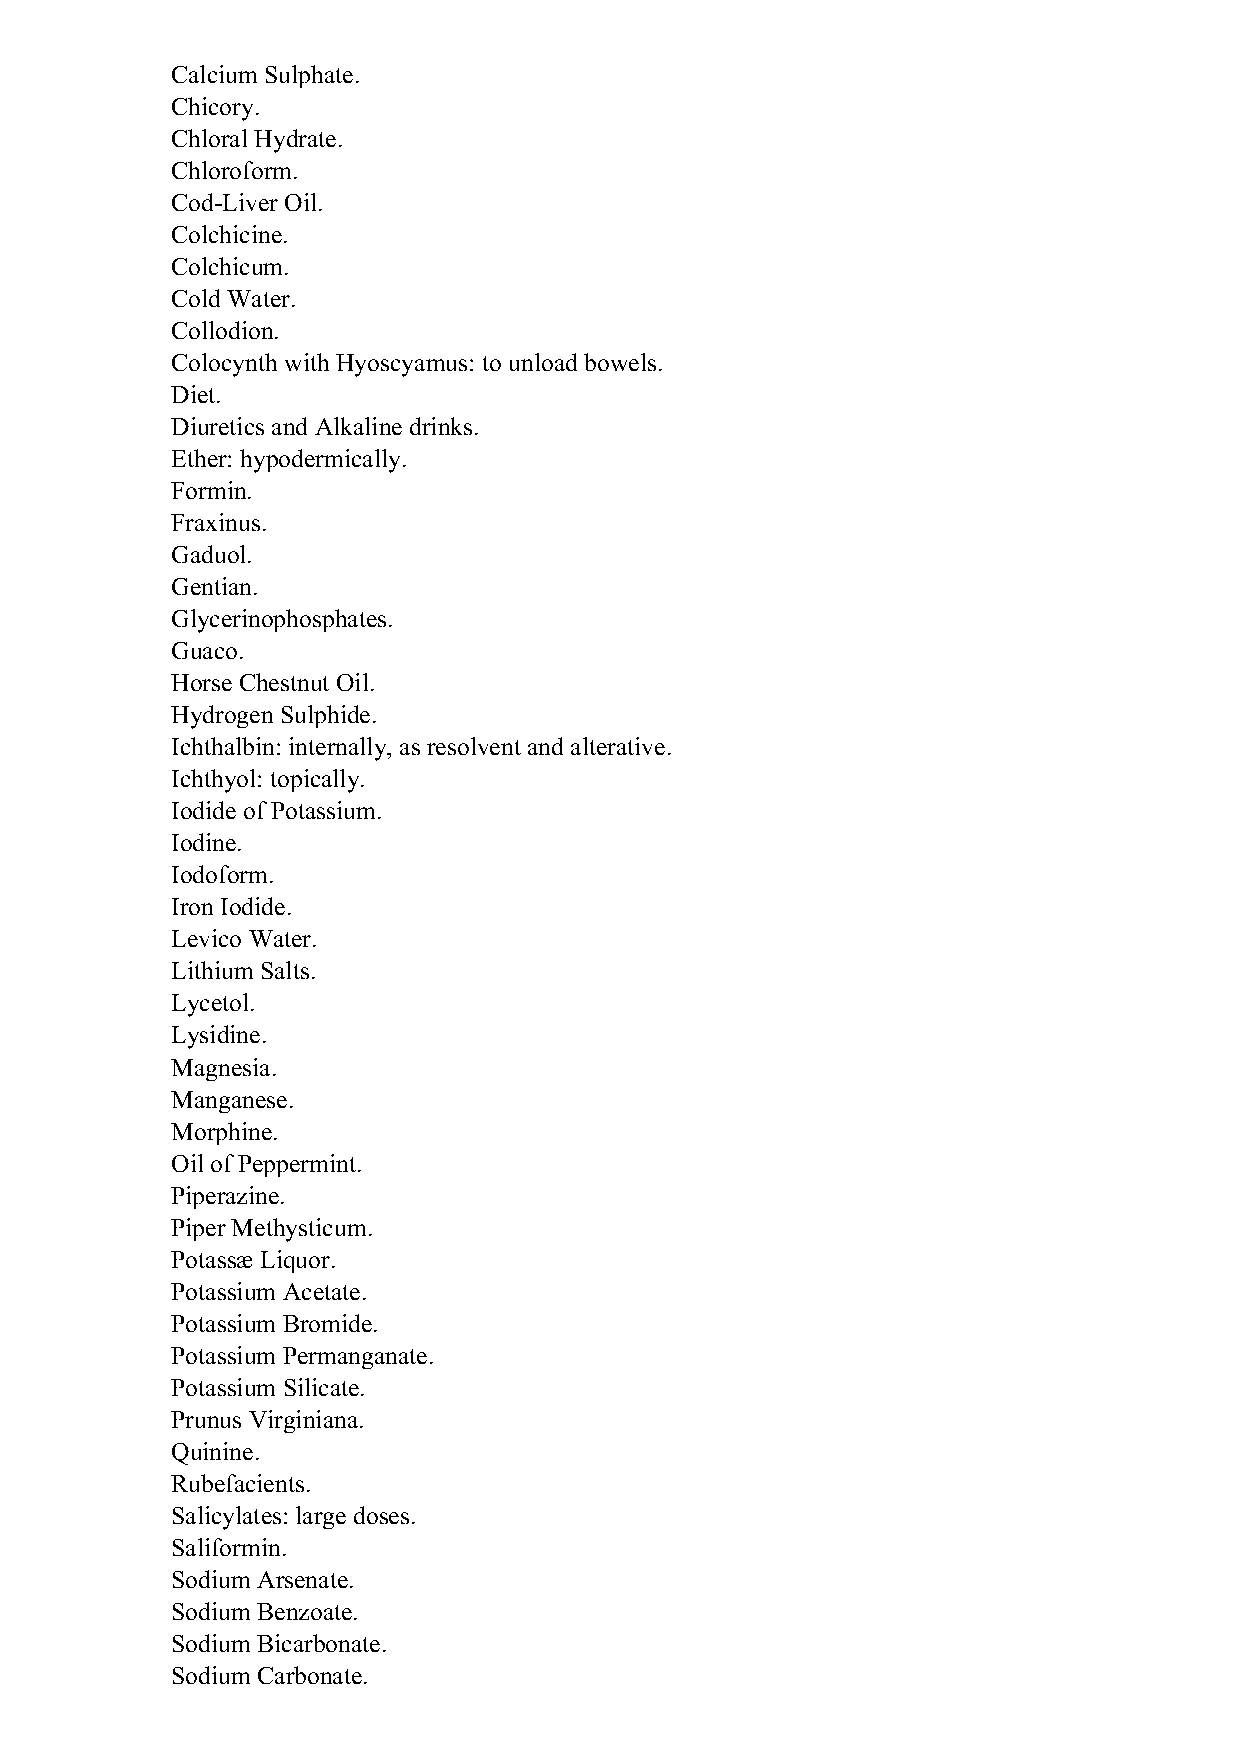
Calcium Sulphate.
 Chicory.
 Chloral Hydrate.
 Chloroform.
 Cod-Liver Oil.
 Colchicine.
 Colchicum.
 Cold Water.
 Collodion.
 Colocynth with Hyoscyamus: to unload bowels.
 Diet.
 Diuretics and Alkaline drinks.
 Ether: hypodermically.
 Formin.
 Fraxinus.
 Gaduol.
 Gentian.
 Glycerinophosphates.
 Guaco.
 Horse Chestnut Oil.
 Hydrogen Sulphide.
 Ichthalbin: internally, as resolvent and alterative.
 Ichthyol: topically.
 Iodide of Potassium.
 Iodine.
 Iodoform.
 Iron Iodide.
 Levico Water.
 Lithium Salts.
 Lycetol.
 Lysidine.
 Magnesia.
 Manganese.
 Morphine.
 Oil of Peppermint.
 Piperazine.
 Piper Methysticum.
 Potassæ Liquor.
 Potassium Acetate.
 Potassium Bromide.
 Potassium Permanganate.
 Potassium Silicate.
 Prunus Virginiana.
 Quinine.
 Rubefacients.
 Salicylates: large doses.
 Saliformin.
 Sodium Arsenate.
 Sodium Benzoate.
 Sodium Bicarbonate.
 Sodium Carbonate.